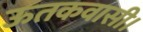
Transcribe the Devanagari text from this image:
ऊतकवासी।